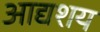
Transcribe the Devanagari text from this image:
आद्यशय